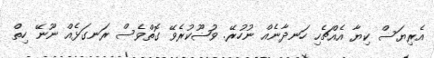
އެރިޔަސް ކިޔާ އެއްޗެހި ހަނދާނެއް ނުހުރޭ. ވުޟޫކުރެވޭ ގޮތްވެސް ރަނގަޅެއް ނޫނޭ ހިތް